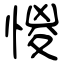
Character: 惾